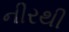
નીરથી